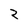
Character: 2